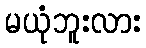
မယုံဘူးလား